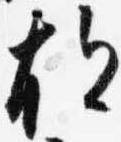
故